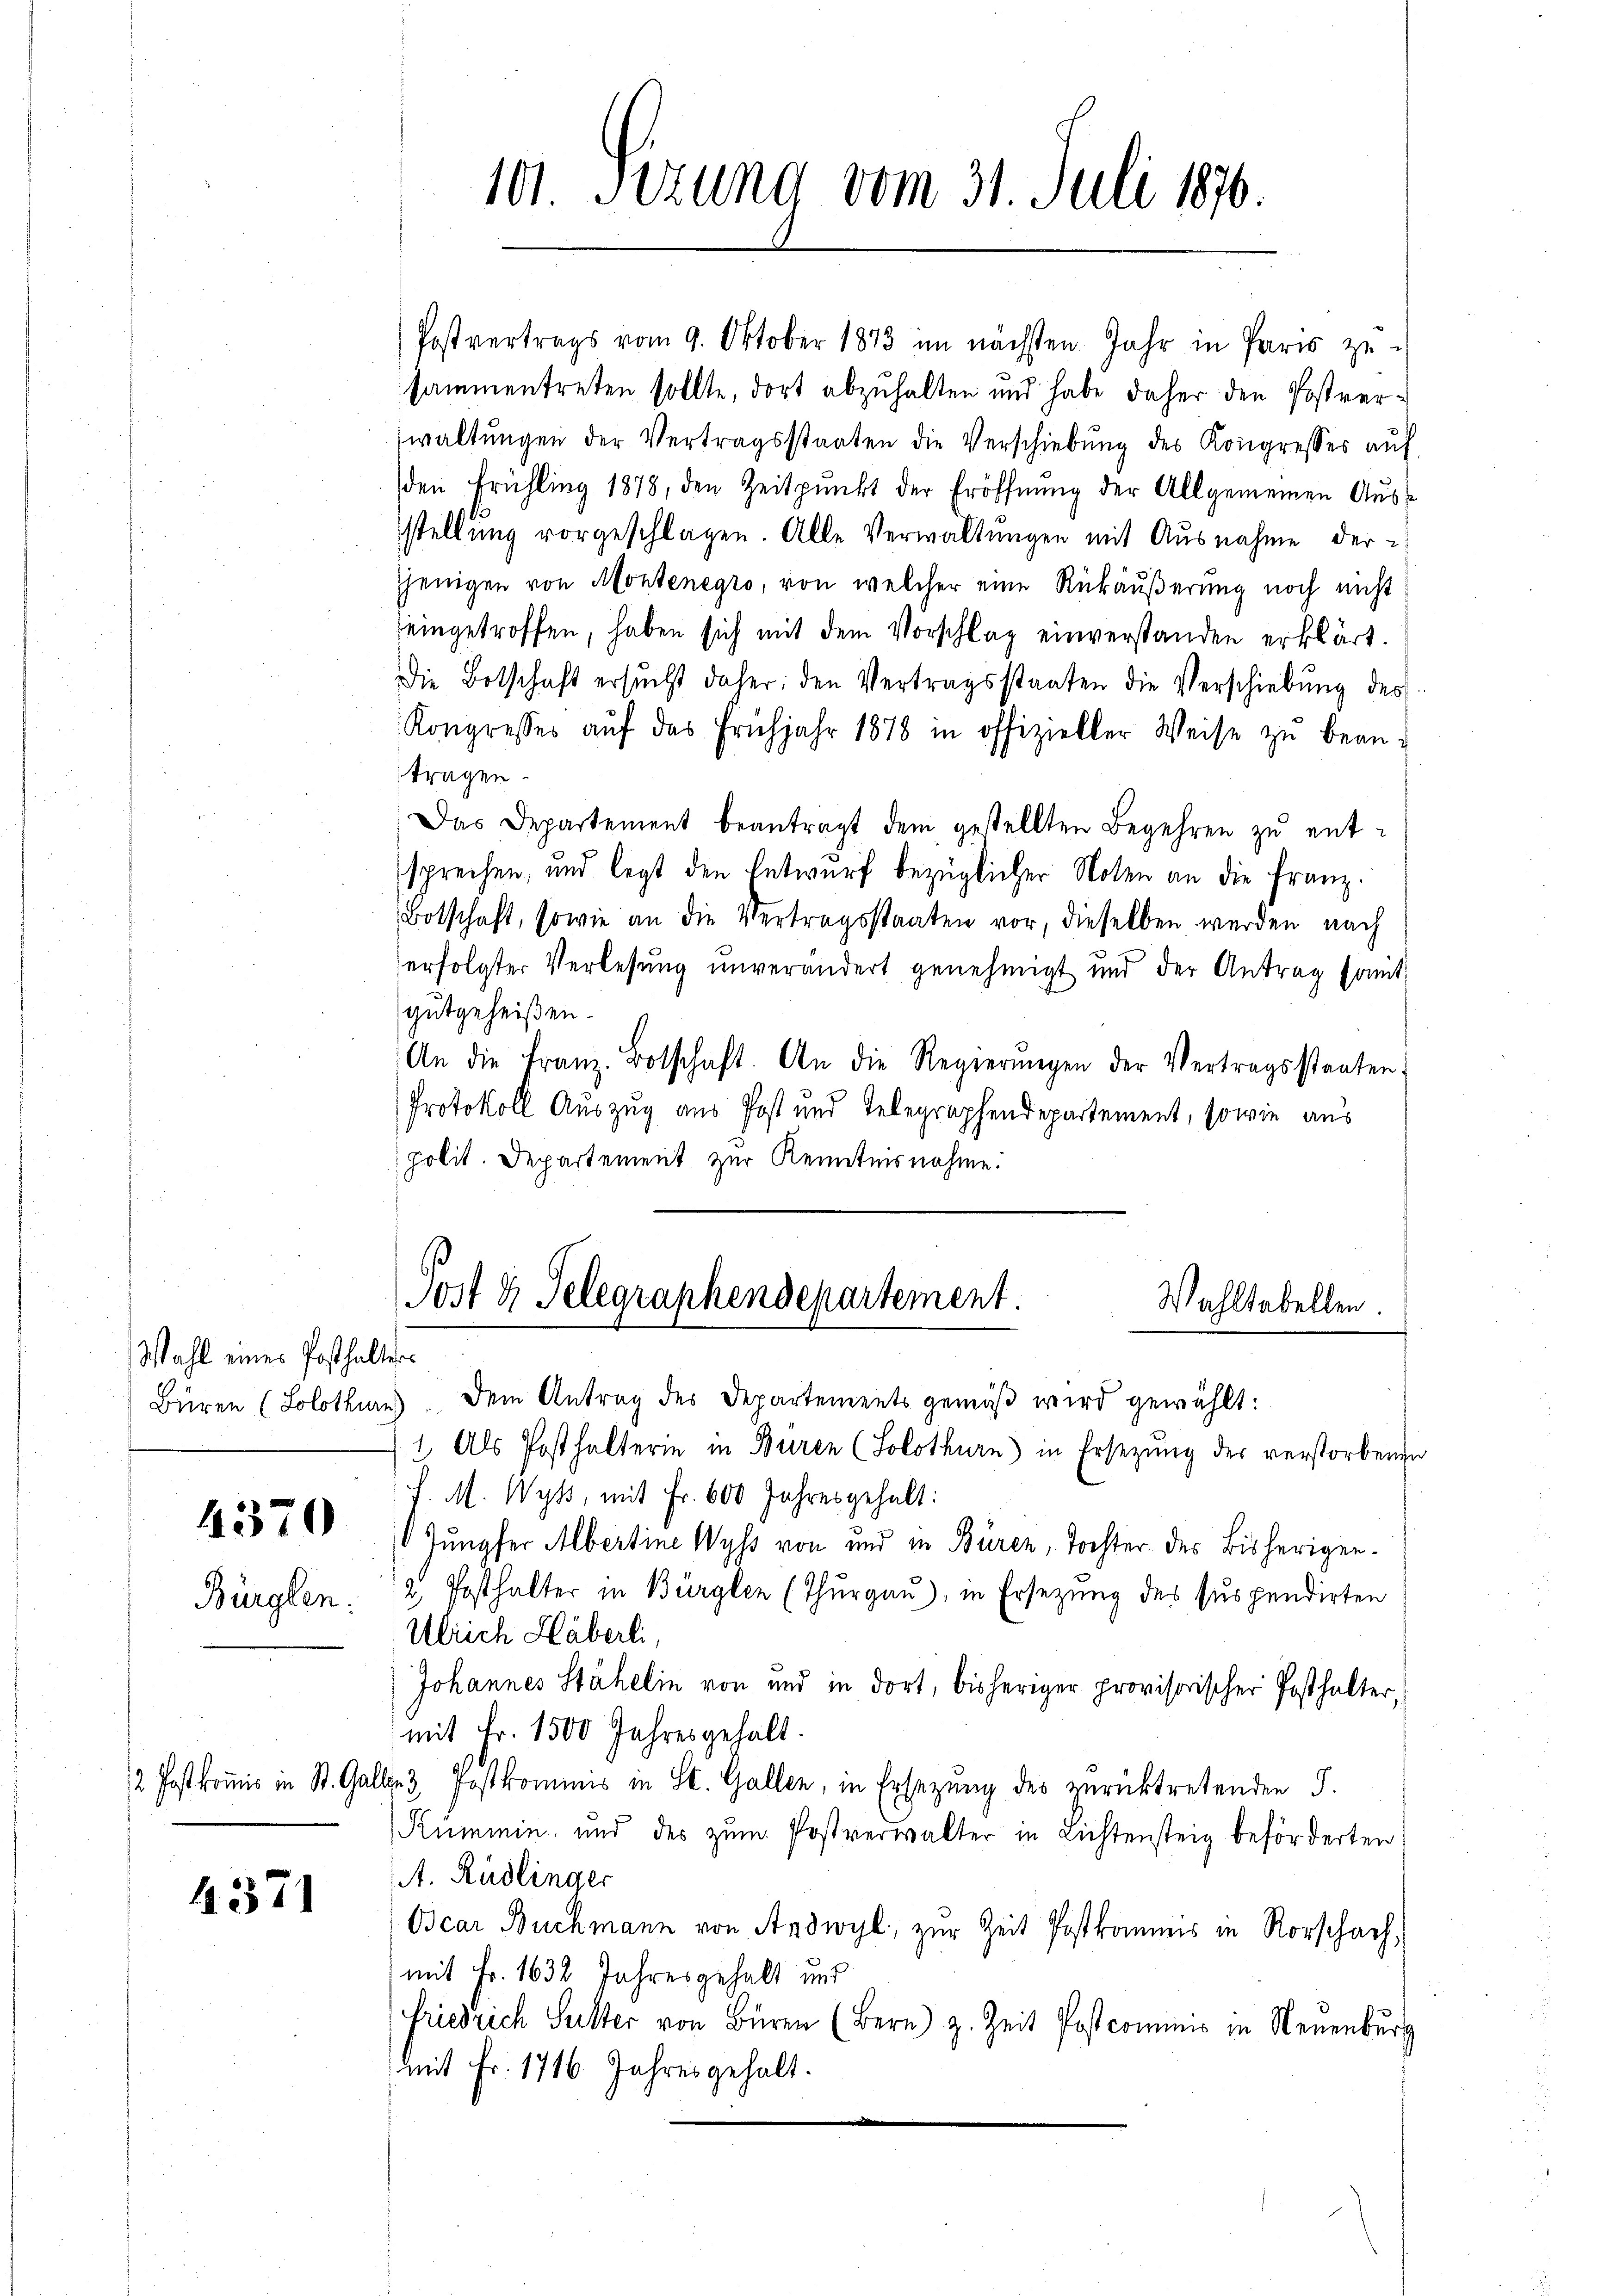
Wahl eines Posthalten

4370
Bürglen:

4371

Postvertrags vom 9. Oktober 1873 im nächsten Jahr in Paris zu-
sammentreten sollte, dort abzuhalten und habe daher den Postverwaltŭngen der Vertragsstaaten die Verschiebung des Kongresses aŭf
den Frühling 1878, den Zeitpunkt der Eröffnŭng der Allgemeinen Ausstellung vorgeschlagen. Alle Verwaltungen mit Ausnahme derjenigen von Montenegro, von welcher eine Rückäußerung noch nicht
eingetroffen, haben sich mit dem Vorschlag einverstanden erklärt.
Die Botschaft ersŭcht daher: den Vertragsstaaten die Verschiebung des
Kongresses aŭf das Frühjahr 1878 in offizieller Weise zŭ bean-
tragen.
Das Departement beantragt dem gestellten Begehren zŭ entsprechen, und legt den Entwurf bezüglicher Noten an die Franz.
Botschaft, sowie an die Vertragsstaaten vor, dieselben werden nach
erfolgter Verlesung unverändert genehmigt und der Antrag somit
gutgeheißen.
An die Franz. Botschaft. An die Regierŭngen der Vertragsstaaten:
Protokoll Auszug aus Post und Telegraphendepartement, sowie aus
polit. Departement zur Kenntnisnahme.
Post u. Telegraphendepartement.
Wahltabellen.

101 Sizung vom 31. Juli 1870.

Büren (Solothurn). Dem Antrag des Departements gemäβ wird gewählt:
1. Als Posthalterin in Buren (Solothurn) in Ersezung der verstorbenen
J. M. Wyss, mit Fr. 600 Jahres gehalt:
Jungfer Albertine Wyss von und in Büren, Tochter des Bisherigen¬
2, Posthalter in Bürglen (Thurgau), in Ersezung des suspendirten
Ulrich Häberli,
Johannes Stähelin von und in dort, bisheriger provisorischer Posthalter,
mit Fr. 1500 Jahresgehalt.
2 fast kommis in St. Gallen 3 Postkommnis in St. Gallen, in Ersezung des zurücktretenden S.
Rümmin, und des zŭm Postverwalter in Lichtensteig beförderten:
A. Rüdlinger
Ocar Buchmann von Andwyl, zur Zeit Postkommis in Rorschach,
mit Fr. 1632 Jahresgehalt und
Friedrich Sutter von Büren (Bern) z. Zeit Postcommis in Neuenburg
Mit Fr. 1716 Jahresgehalt.